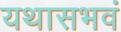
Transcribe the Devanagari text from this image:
यथासभवं